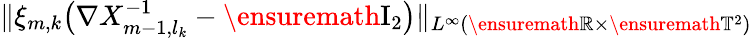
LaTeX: \| \xi_{m,k}\bigl(\nabla X_{m-1,l_{k}}^{-1}-\ensuremath{\mathrm{I}_{2}}\bigr)\| _{L^{\infty}(\ensuremath{\mathbb{R}}\times\ensuremath{\mathbb{T}}^{2})}